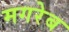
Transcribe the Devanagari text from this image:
मगरेब